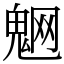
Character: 䰣